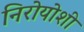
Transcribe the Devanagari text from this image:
निरोयोशी